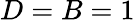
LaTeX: D=B=1